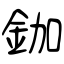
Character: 鉫